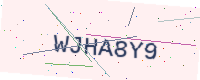
Text: WJHA8Y9